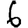
Digit: 6